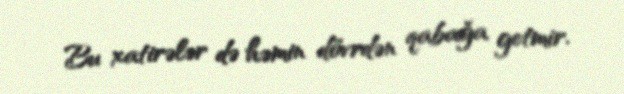
Bu xatirələr də həmin dövrdən qabağa getmir.